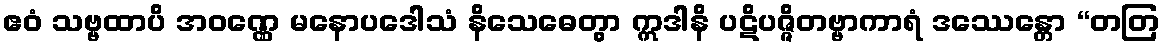
ဧဝံ သဗ္ဗထာပိ အဝဏ္ဏေ မနောပဒေါသံ နိသေဓေတွာ ဣဒါနိ ပဋိပဇ္ဇိတဗ္ဗာကာရံ ဒဿေန္တော “တတြ